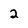
Character: 2